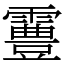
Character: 霻